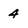
Character: 4